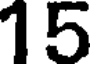
15